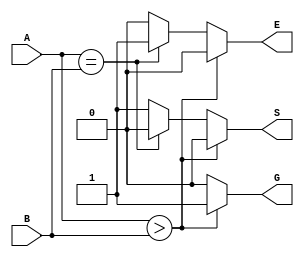
module com(A,B,G,E,S); 
input [1:0]A,B; 
output reg G,E,S; 
always@* 
begin 
if (A>B) 
begin  
G=1'b1; 
E=1'b0; 
S=1'b0; 
end  
else if (A==B) 
begin  
G=1'b0; 
E=1'b1; 
S=1'b0; 
end  
else 
begin  
G=1'b0; 
E=1'b0; 
S=1'b1; 
end  
end 
endmodule